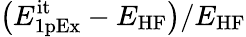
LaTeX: \big(E_{\mathrm{1pEx}}^{\mathrm{it}}-E_{\mathrm{HF}}\big)/E_{\mathrm{HF}}